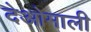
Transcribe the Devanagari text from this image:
देओमाली